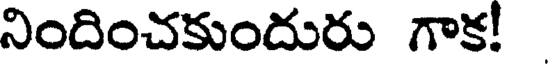
నిందించకుందురు గాక!